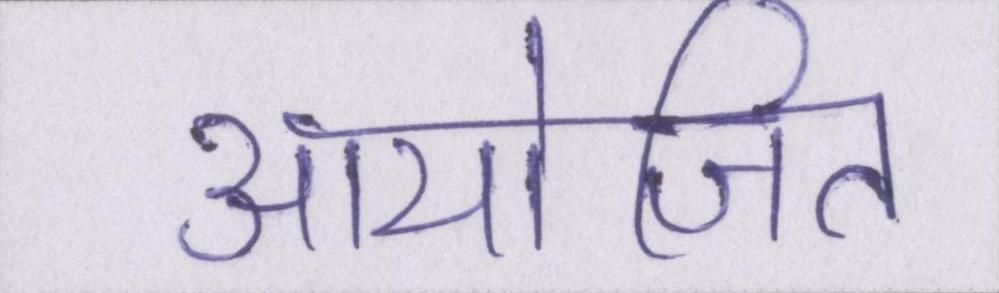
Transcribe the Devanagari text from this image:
आयोजित